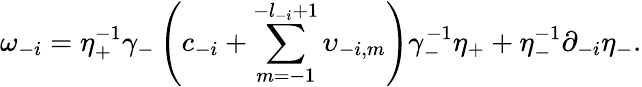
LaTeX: \omega_{-i}=\eta_{+}^{-1}\gamma_{-}\left(c_{-i}+\sum_{m=-1}^{-l_{-i}+1}\upsilon_{-i,m}\right)\gamma_{-}^{-1}\eta_{+}+\eta_{-}^{-1}\partial_{-i}\eta_{-}.